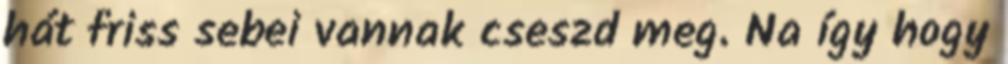
hát friss sebei vannak cseszd meg. Na így hogy